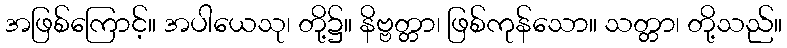
အဖြစ်ကြောင့်။ အပါယေသု၊ တို့၌။ နိဗ္ဗတ္တာ၊ ဖြစ်ကုန်သော။ သတ္တာ၊ တို့သည်။